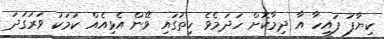
ކިޔާފަ ފައިހާ އާ ދިމާކޮށް ހަދަމެވެ ހިތުގައި ވޭން އެޅިއެއް ކަމަކު ވަރުގަދަ